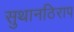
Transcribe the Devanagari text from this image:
सुथानठिराप